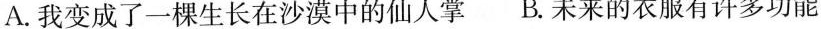
A.我变成了一棵生长在沙漠中的仙人掌 B.未来的衣服有许多功能